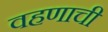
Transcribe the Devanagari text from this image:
वहणाची